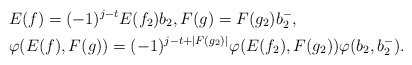
\begin{align*}& E(f) = (-1)^{j-t} E(f_2) b_2,F(g) = F(g_2) b_2^-, \\& \varphi(E(f),F(g)) = (-1)^{j-t + |F(g_2)|} \varphi(E(f_2),F(g_2)) \varphi(b_2,b_2^-).\end{align*}